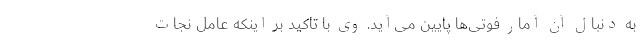
به دنبال آن آمار فوتی‌ها پایین می‌آید. وی با تاکید بر اینکه عامل نجات